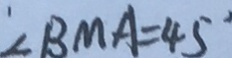
\angle B M A = 4 5 ^ { \circ }